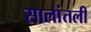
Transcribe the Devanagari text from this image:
सालांतली